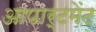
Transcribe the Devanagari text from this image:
आपार्टमेंट